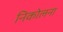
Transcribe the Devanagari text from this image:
निकोलना